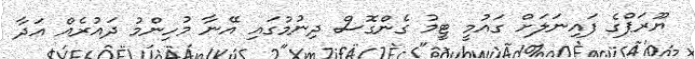
ޔޫރަޕްގެ ފައިނަލަށް ގައުމީ ޓީމު ގެންގޮސް ދިނުމުގައި އޭނާ މުހިންމު ދައުރެއް އަދާ